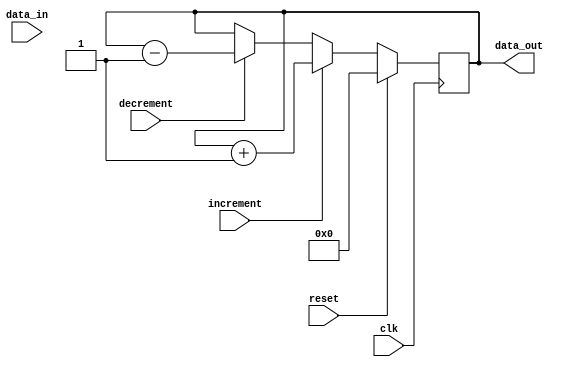
module counter (
    input wire clk,
    input wire reset,
    input wire increment,
    input wire decrement,
    input wire [7:0] data_in,
    output reg [7:0] data_out
);

reg [7:0] count;

always @(posedge clk) begin
    if (reset) begin
        count <= 8'h00;
    end else if (increment) begin
        count <= count + 1;
    end else if (decrement) begin
        count <= count - 1;
    end
end

assign data_out = count;

endmodule